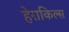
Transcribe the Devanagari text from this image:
हेराकिल्स